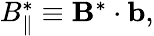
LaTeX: \begin{array}{r}{B_{\| }^{*}\equiv{\mathbf B}^{*}\cdot{\mathbf b},}\end{array}